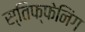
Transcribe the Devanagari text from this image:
स्तिफ्फेनिंग